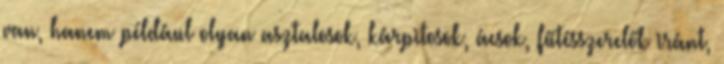
van, hanem például olyan asztalosok, kárpitosok, ácsok, fűtésszerelők iránt,